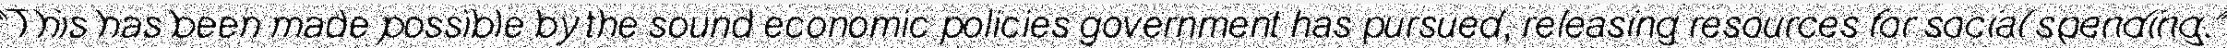
"This has been made possible by the sound economic policies government has pursued, releasing resources for social spending."